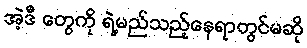
အဲ့ဒီ တွေကို ရဲ့မည်သည့်နေရာတွင်မဆို